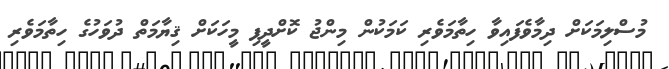
މުސްލިމަކަށް ދިމާވެފައިވާ ހިތާމަވެރި ކަމަކުން މިންޖު ކޮށްދީފި މީހަކަށް ޤިޔާމަތް ދުވަހުގެ ހިތާމަވެރި